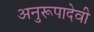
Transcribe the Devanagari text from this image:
अनुरूपादेवी